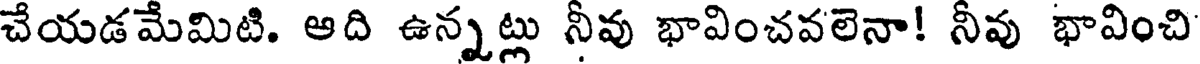
చేయడమేమిటి. ఆది ఉన్నట్లు నీవు భావించవలెనా! నీవు భావించి